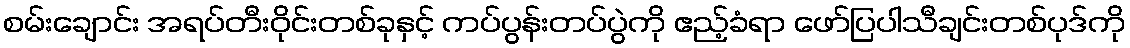
စမ်းချောင်း အရပ်တီးဝိုင်းတစ်ခုနှင့် ကပ်ပွန်းတပ်ပွဲကို ဧည့်ခံရာ ဖော်ပြပါသီချင်းတစ်ပုဒ်ကို